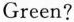
Green?